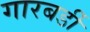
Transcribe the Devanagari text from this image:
गारबर्डी